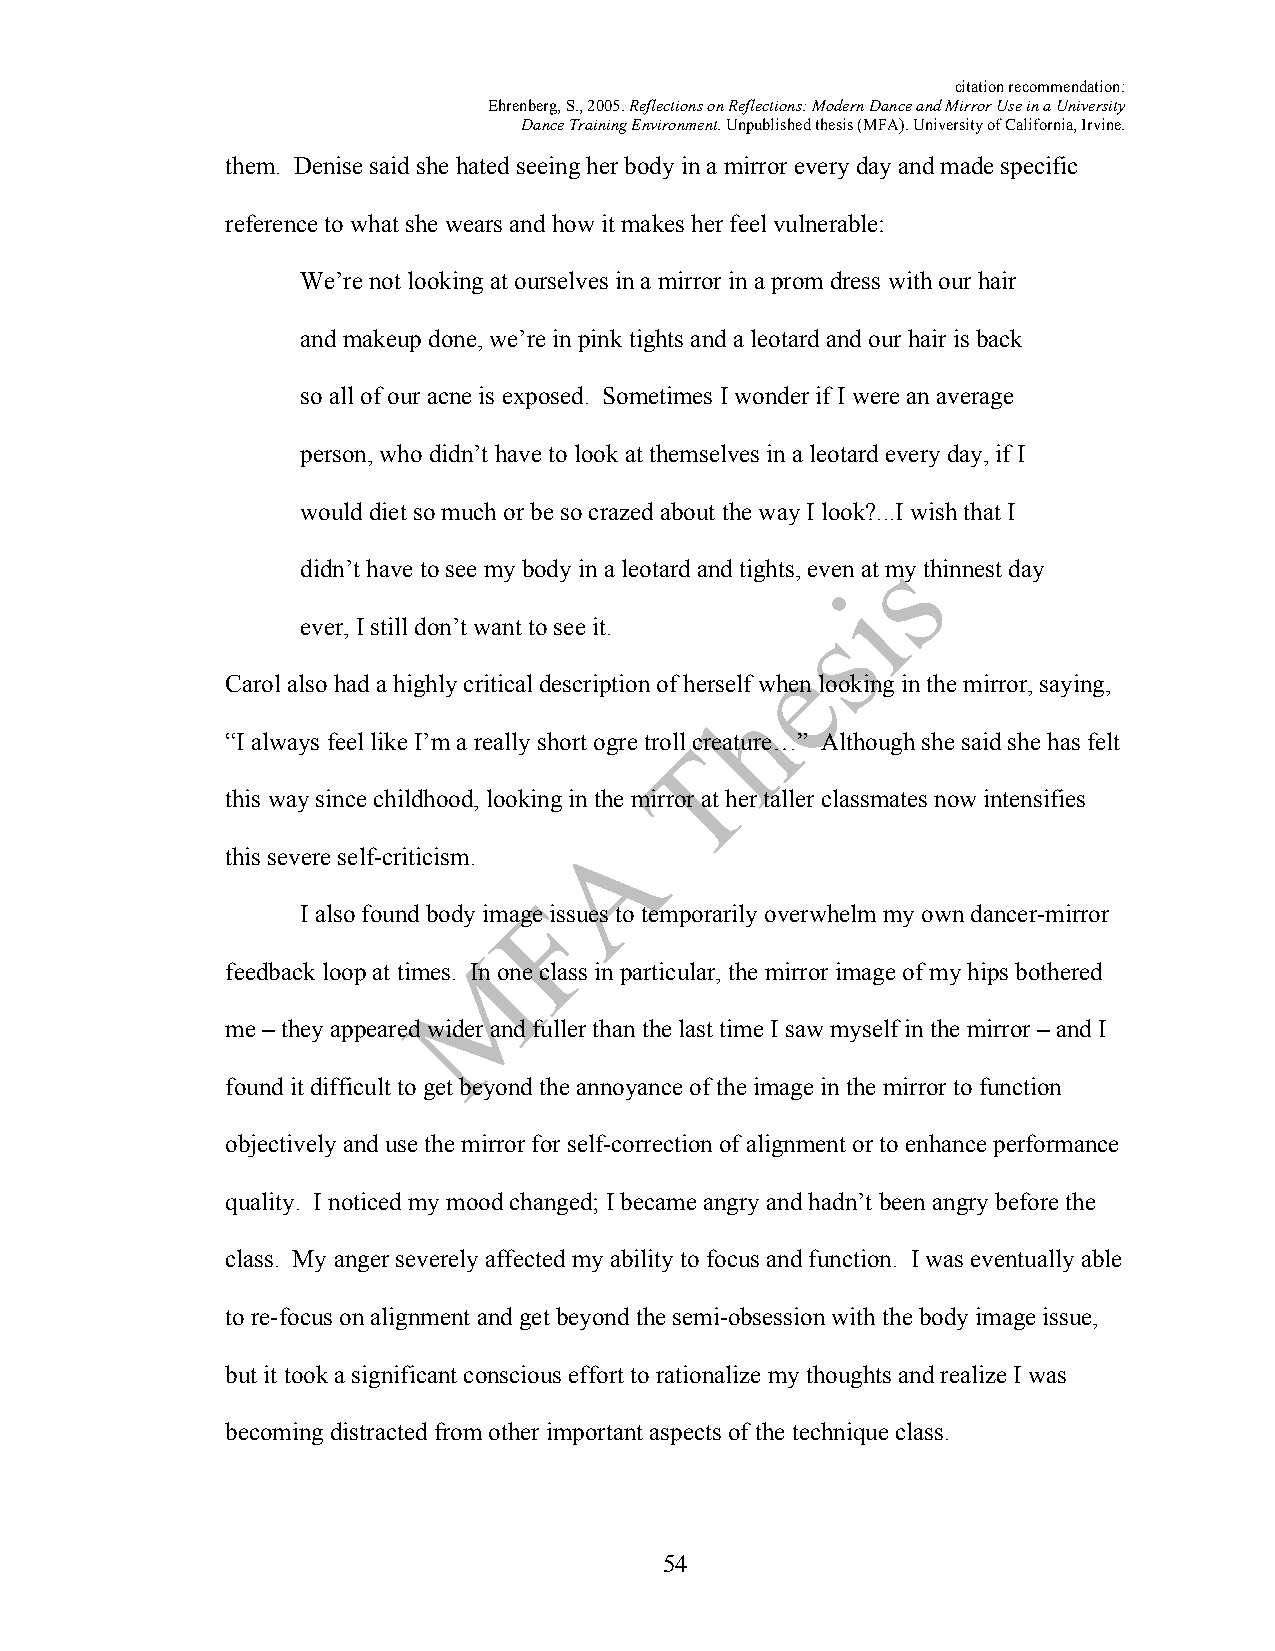
citation recommendation:
 Ehrenberg, S., 2005. Reflections on Reflections: Modern Dance and Mirror Use in a University
 Dance Training Environment. Unpublished thesis (MFA). University of California, Irvine.
 them. Denise said she hated seeing her body in a mirror every day and made specific
 reference to what she wears and how it makes her feel vulnerable:
 We’re not looking at ourselves in a mirror in a prom dress with our hair
 and makeup done, we’re in pink tights and a leotard and our hair is back
 so all of our acne is exposed. Sometimes I wonder if I were an average
 person, who didn’t have to look at themselves in a leotard every day, if I
 would diet so much or be so crazed about the way I look?...I wish that I
 didn’t have to see my body in a leotard and tights, even at my thinnest day
 ever, I still don’t want to see it.
 Carol also had a highly critical description of herself when looking in the mirror, saying,
 “I always feel like I’m a really short ogre troll creature…” Although she said she has felt
 this way since childhood, looking in the mirror at her taller classmates now intensifies
 this severe self-criticism.
 I also found body image issues to temporarily overwhelm my own dancer-mirror
 feedback loop at times. In one class in particular, the mirror image of my hips bothered
 me – they appeared wider and fuller than the last time I saw myself in the mirror – and I
 found it difficult to get beyond the annoyance of the image in the mirror to function
 objectively and use the mirror for self-correction of alignment or to enhance performance
 quality. I noticed my mood changed; I became angry and hadn’t been angry before the
 class. My anger severely affected my ability to focus and function. I was eventually able
 to re-focus on alignment and get beyond the semi-obsession with the body image issue,
 but it took a significant conscious effort to rationalize my thoughts and realize I was
 becoming distracted from other important aspects of the technique class.
 54